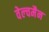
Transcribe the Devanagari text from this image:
वेल्चमैन